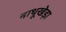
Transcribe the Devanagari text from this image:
नाथूखेड़ा